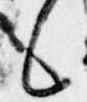
候